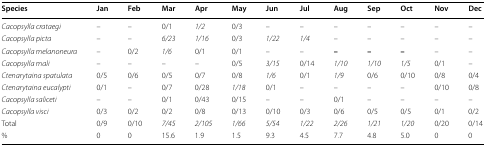
| Species | Jan | Feb | Mar | Apr | May | Jun | Jul | Aug | Sep | Oct | Nov | Dec |
 | --- | --- | --- | --- | --- | --- | --- | --- | --- | --- | --- | --- | --- |
 | Cacopsylla crataegi | – | – | 0/1 | 1/2 | 0/3 | – | – | – | – | – | – | – |
 | Cacopsylla picta | – | – | 6/23 | 1/16 | 0/3 | 1/22 | 1/4 | – | – | – | – | – |
 | Cacopsylla melanoneura | – | 0/2 | 1/6 | 0/1 | 0/1 | – | – | – | – | – | – | – |
 | Cacopsylla mali | – | – | – | – | 0/5 | 3/15 | 0/14 | 1/10 | 1/10 | 1/5 | 0/1 | – |
 | Ctenarytaina spatulata | 0/5 | 0/6 | 0/5 | 0/7 | 0/8 | 1/6 | 0/1 | 1/9 | 0/6 | 0/10 | 0/8 | 0/4 |
 | Ctenarytaina eucalypti | 0/1 | – | 0/7 | 0/28 | 1/18 | 0/1 | – | – | – | – | 0/10 | 0/8 |
 | Cacopsylla saliceti | – | – | 0/1 | 0/43 | 0/15 | – | – | 0/1 | – | – | – | – |
 | Cacopsylla visci | 0/3 | 0/2 | 0/2 | 0/8 | 0/13 | 0/10 | 0/3 | 0/6 | 0/5 | 0/5 | 0/1 | 0/2 |
 | Total | 0/9 | 0/10 | 7/45 | 2/105 | 1/66 | 5/54 | 1/22 | 2/26 | 1/21 | 1/20 | 0/20 | 0/14 |
 | % | 0 | 0 | 15.6 | 1.9 | 1.5 | 9.3 | 4.5 | 7.7 | 4.8 | 5.0 | 0 | 0 |